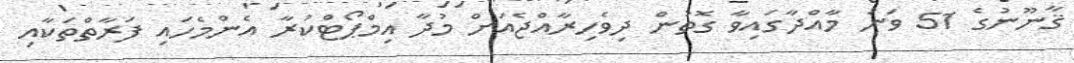
ޤާނޫނުގެ 51 ވަނަ މާއްދާގައިވާ ގޮތުން ދިވެހިރާއްޖެއަށް މުދާ އިމްޕޯޓްކުރާ އެންމެހައި ފަރާތްތަކާއި